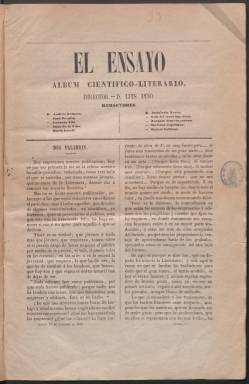
Título: El Ensayo (Madrid. 1858)
Otros títulos: Ensayo, álbum científico-literario || Ensayo, álbum científico literario
Colección: Cultura
Ámbito geográfico: Madrid
Lugar de publicación: Madrid
Fechas: 21/10/1858-30/01/1859